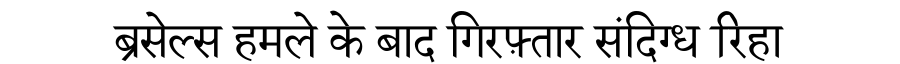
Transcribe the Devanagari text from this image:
ब्रसेल्स हमले के बाद गिरफ़्तार संदिग्ध रिहा